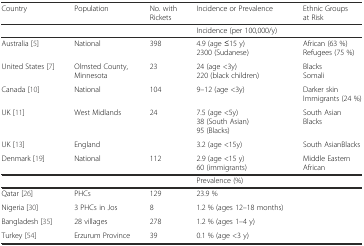
<table><thead><tr><td><b>Country</b></td><td><b>Population</b></td><td><b>No. with Rickets</b></td><td><b>Incidence or Prevalence</b></td><td><b>Ethnic Groups at Risk</b></td></tr></thead><tbody><tr><td></td><td></td><td></td><td colspan="2">Incidence (per 100,000/y)</td></tr><tr><td>Australia [5]</td><td>National</td><td>398</td><td>4.9 (age ≤15 y)2300 (Sudanese)</td><td>African (63 %)Refugees (75 %)</td></tr><tr><td>United States [7]</td><td>Olmsted County, Minnesota</td><td>23</td><td>24 (age &lt;3y)220 (black children)</td><td>BlacksSomali</td></tr><tr><td>Canada [10]</td><td>National</td><td>104</td><td>9–12 (age &lt;3y)</td><td>Darker skinImmigrants (24 %)</td></tr><tr><td>UK [11]</td><td>West Midlands</td><td>24</td><td>7.5 (age &lt;5y)38 (South Asian)95 (Blacks)</td><td>South AsianBlacks</td></tr><tr><td>UK [13]</td><td>England</td><td></td><td>3.2 (age &lt;15y)</td><td>South AsianBlacks</td></tr><tr><td>Denmark [19]</td><td>National</td><td>112</td><td>2.9 (age &lt;15 y)60 (immigrants)</td><td>Middle EasternAfrican</td></tr><tr><td></td><td></td><td></td><td>Prevalence (%)</td><td></td></tr><tr><td>Qatar [26]</td><td>PHCs</td><td>129</td><td>23.9 %</td><td></td></tr><tr><td>Nigeria [30]</td><td>3 PHCs in Jos</td><td>8</td><td>1.2 % (ages 12–18 months)</td><td></td></tr><tr><td>Bangladesh [35]</td><td>28 villages</td><td>278</td><td>1.2 % (ages 1–4 y)</td><td></td></tr><tr><td>Turkey [54]</td><td>Erzurum Province</td><td>39</td><td>0.1 % (age &lt;3 y)</td><td></td></tr></tbody></table>